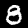
Digit: 8